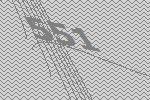
551